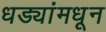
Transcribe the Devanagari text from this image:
धड्यांमधून